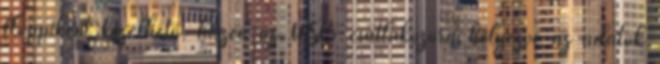
floppiként kezelhető, hiszen az USB csatlakozóra helyezve az adatok